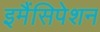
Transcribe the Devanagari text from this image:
इमैंसिपेशन